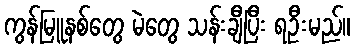
ကွန်မြူနစ်တွေ မဲတွေ သန်းချီပြီး ရဦးမည်။